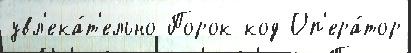
увл'ека́т'ельно Порок код Оп'ера́тор